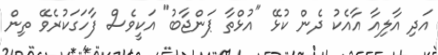
އަދި އާލިއާ އާއެކު ދެން ކުޅޭ "އުޅްތާ ޕަންޖާބު" އަކީވެސް ފާހަގަކުރެވޭ ތިން